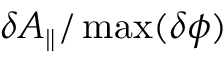
\delta A _ { \parallel } / \operatorname* { m a x } ( \delta \phi )